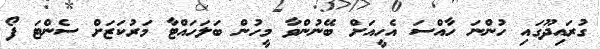
ގުރައިދޫގައި ހުންނަ ހާއްސަ އެހީއަށް ބޭނުންވާ މީހުން ބަލަހައްޓާ މަރުކަޒަށް ސެންޓަ ފޯ